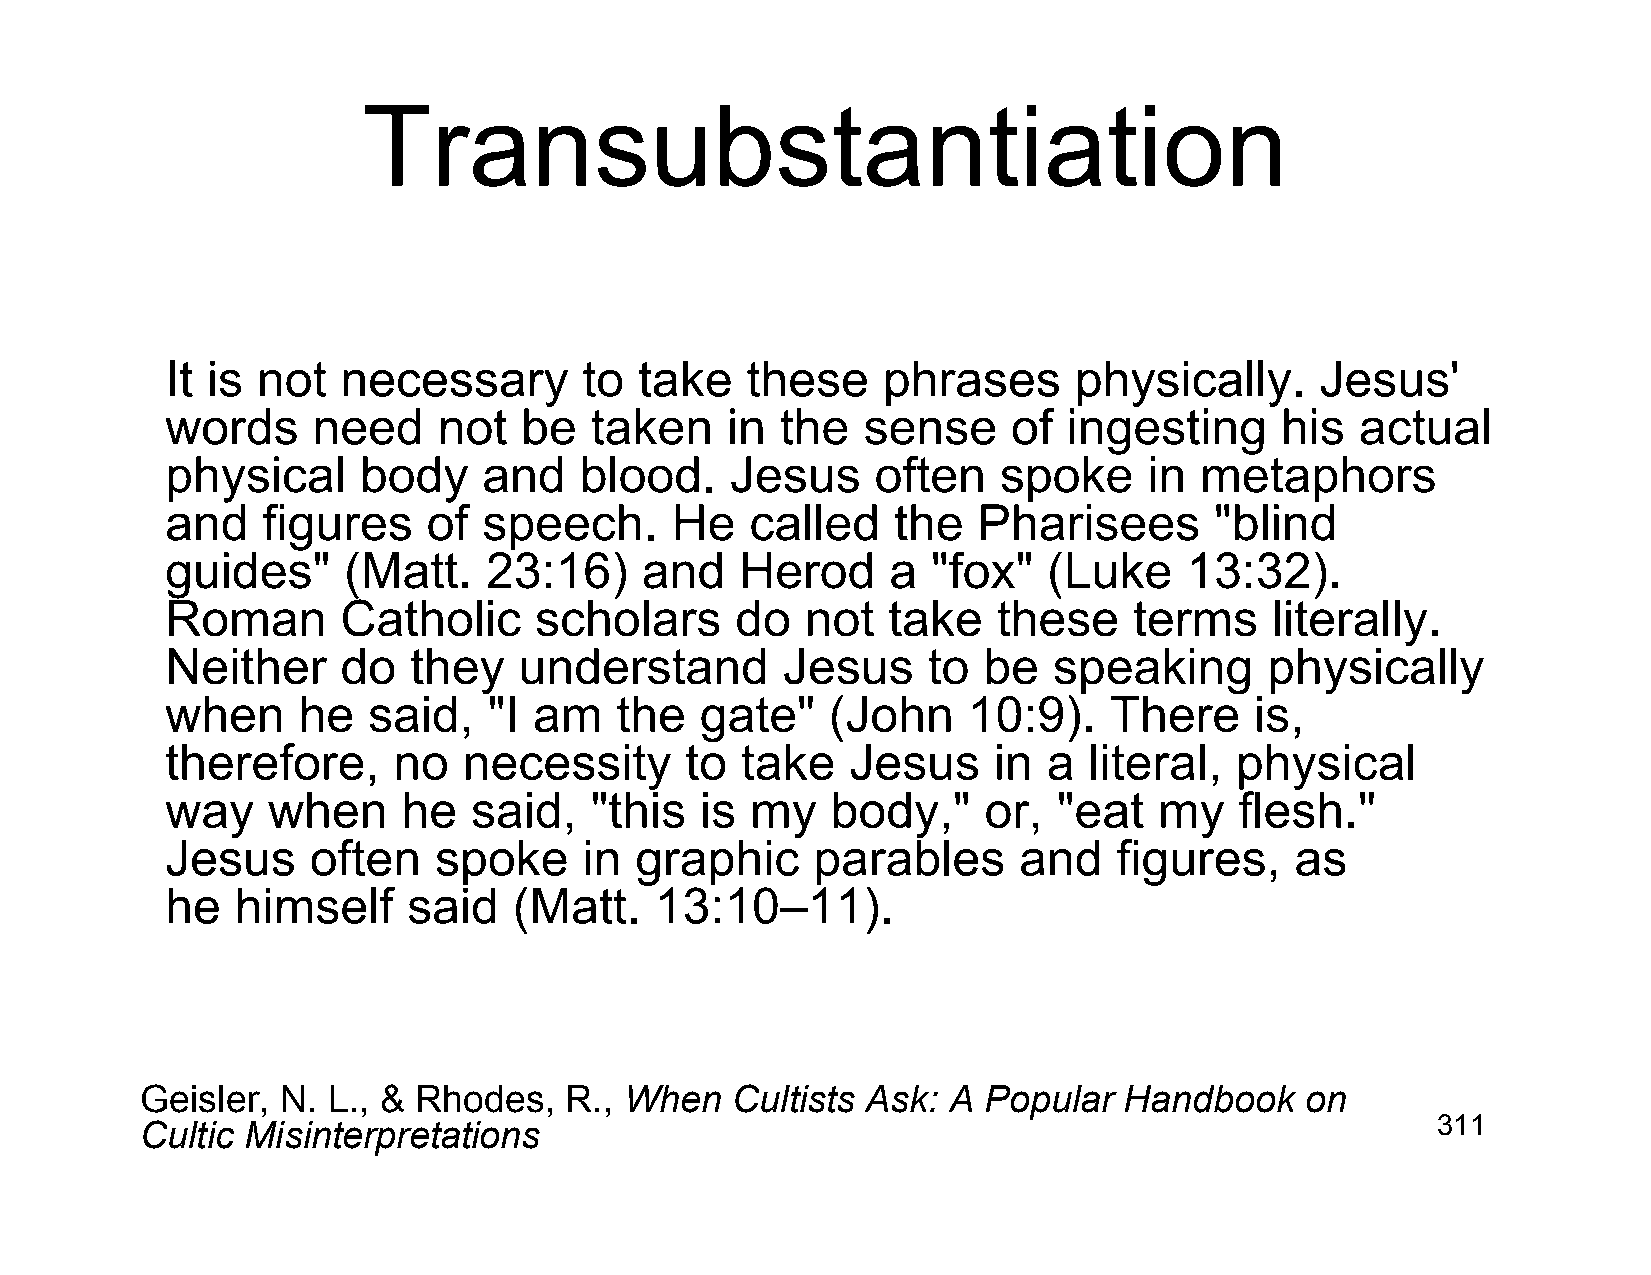
Transubstantiation
 It is not   necessary       to take   these    phrases      physically.     Jesus'
 words     need    not  be   taken    in  the  sense     of  ingesting     his  actual
 physical     body    and   blood.    Jesus     often   spoke     in metaphors
 and   figures    of  speech.     He    called   the   Pharisees      "blind
 guides"     (Matt.   23:16)    and    Herod     a  "fox"  (Luke    13:32).
 Roman       Catholic    scholars      do  not   take   these    terms    literally.
 Neither     do  they   understand        Jesus    to  be   speaking      physically
 when     he  said,   "I am    the  gate"    (John    10:9).   There     is,
 therefore,     no   necessity     to  take   Jesus     in a  literal,  physical
 way    when     he  said,   "this  is  my   body,"    or,  "eat   my   flesh."
 Jesus     often   spoke     in graphic     parables     and    figures,    as
 he   himself    said   (Matt.   13:10–11).
 Geisler,  N. L., & Rhodes,  R., When   Cultists Ask:  A Popular  Handbook    on
 Cultic Misinterpretations                                                             311